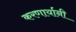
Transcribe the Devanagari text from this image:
करणार्यानी